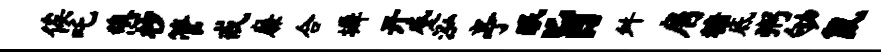
俟吒憩杪管戒廉合墀开蹙泓亭眠旨舛肩糖底粥劬鼠